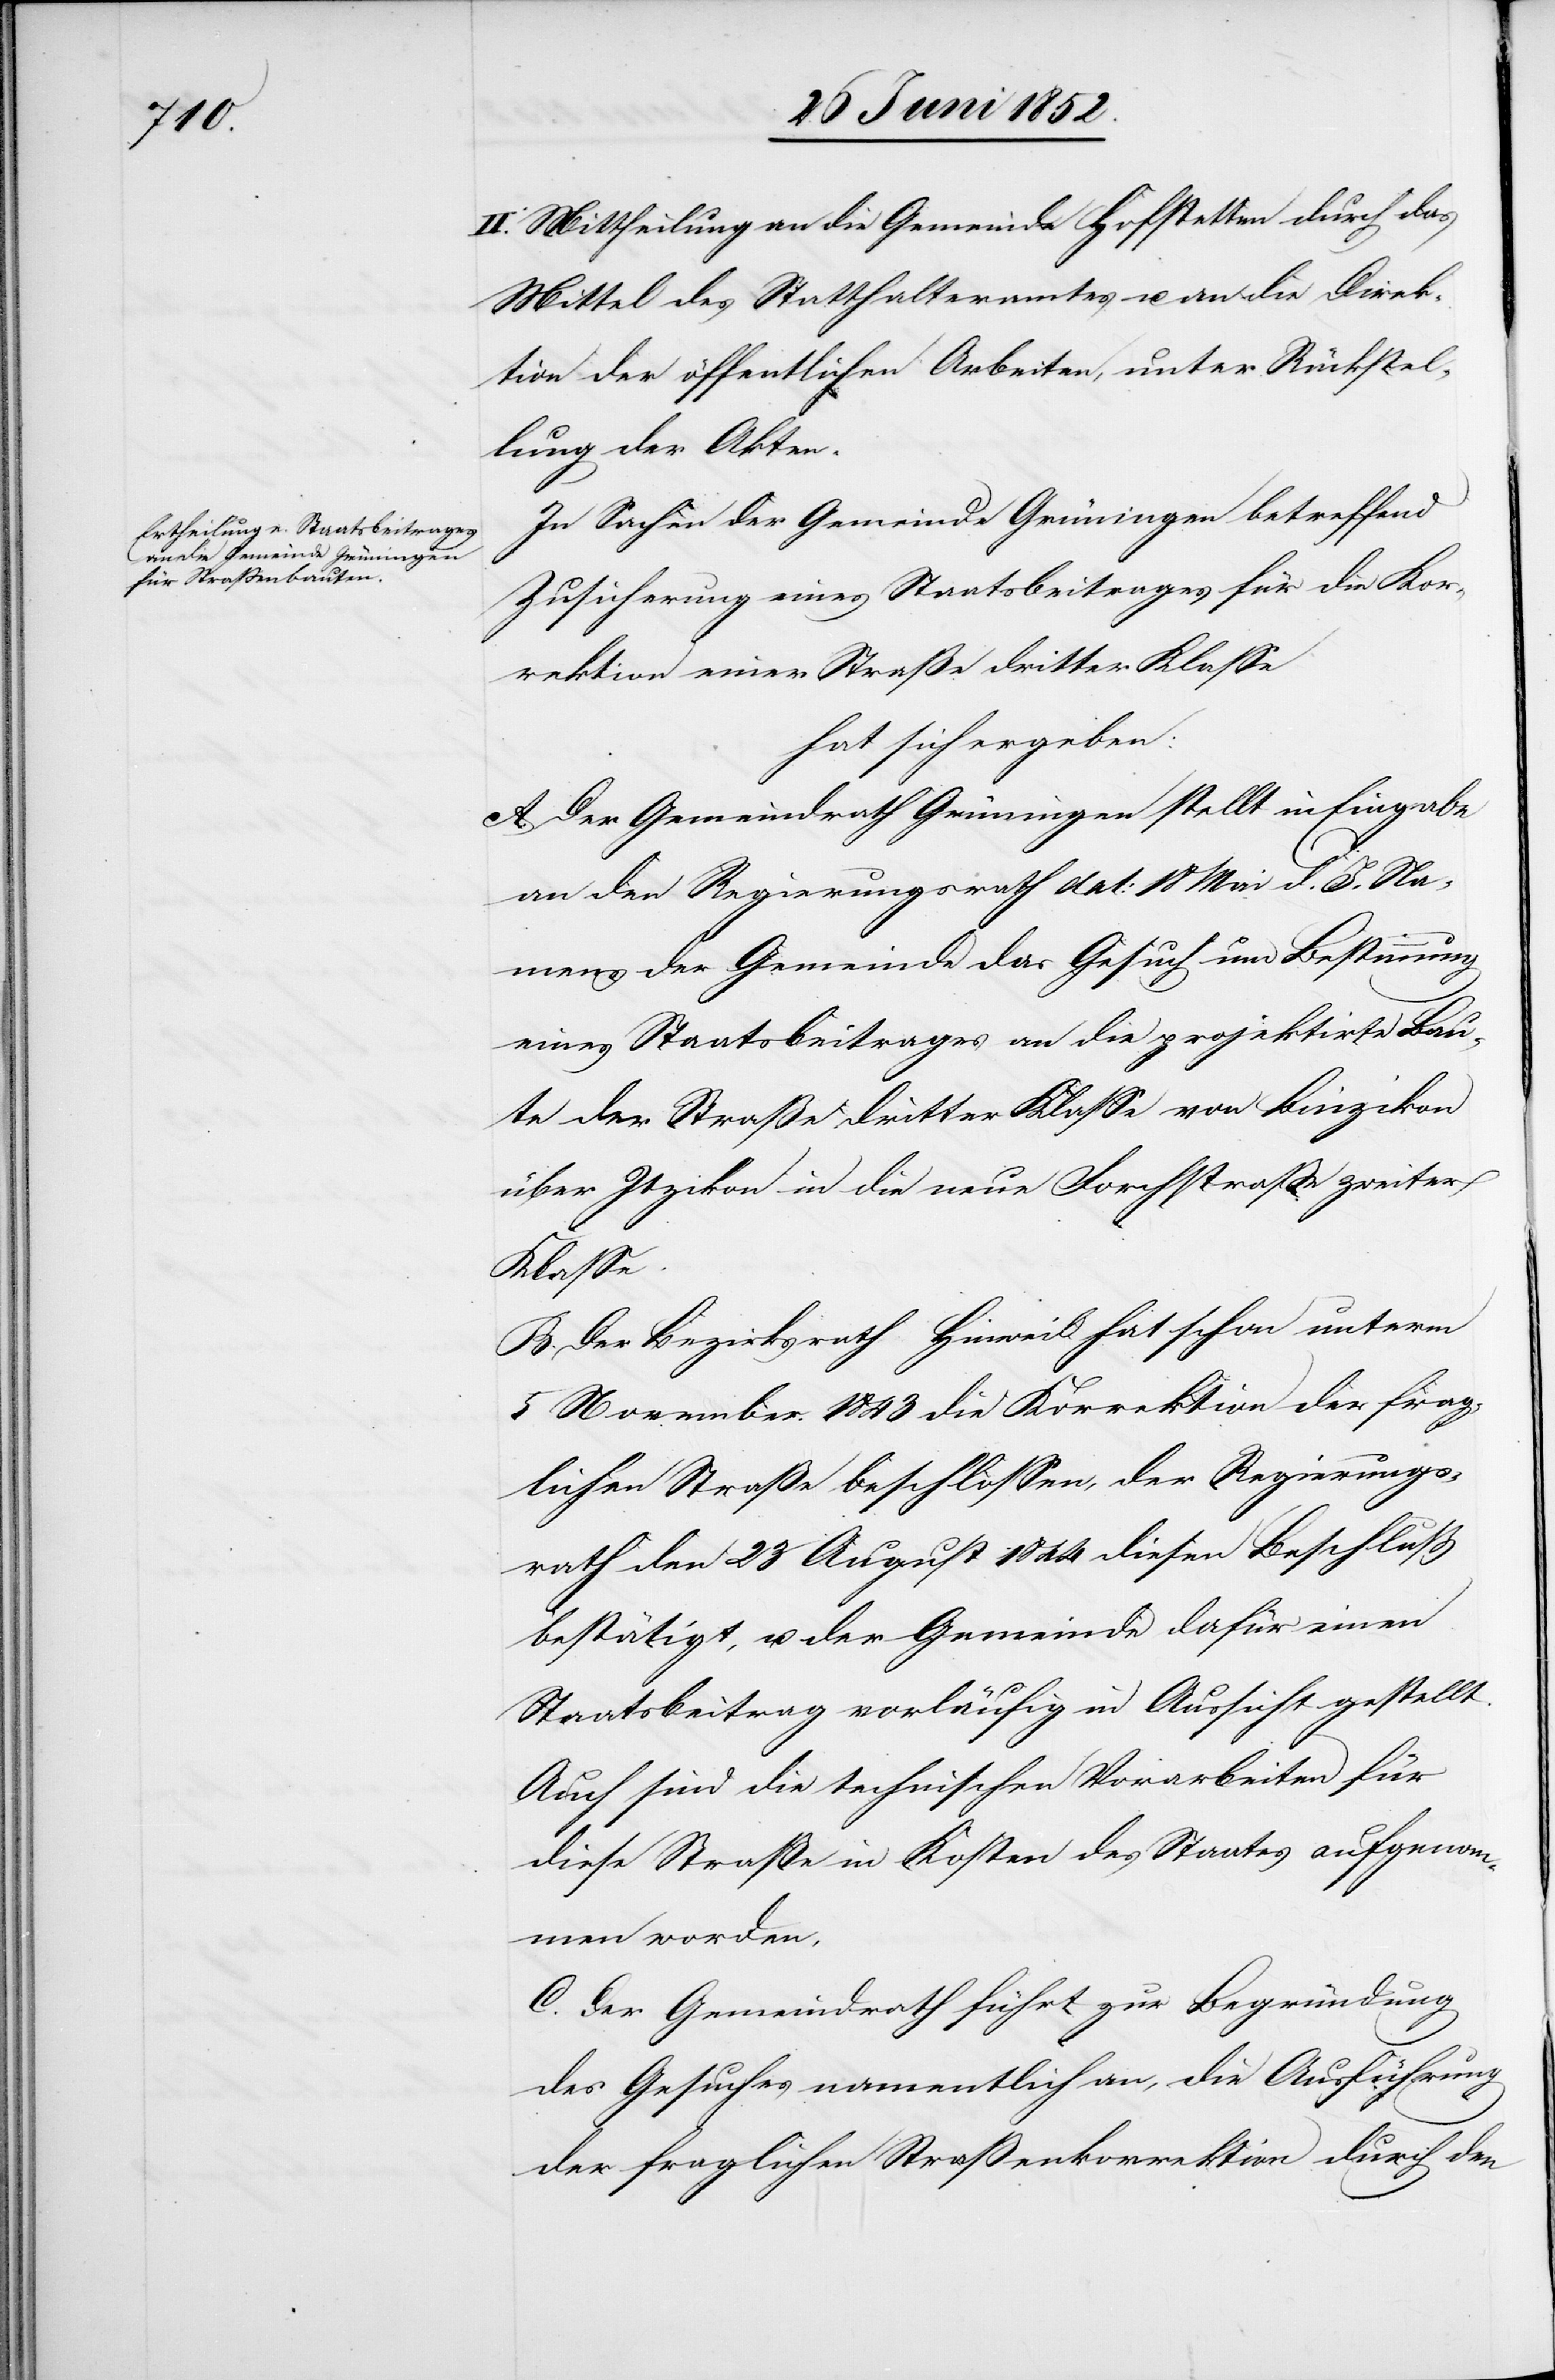
II. Mittheilung an die Gemeinde Hofstetten durch das
Mittel des Statthalteramtes u. an die Direk¬
tion der öffentlichen Arbeiten, unter Rückstel¬
lung der Akten.
In Sachen der Gemeinde Grüningen betreffend
Zusicherung eines Staatsbeitrages für die Kor¬
rektion einer Straße dritter Klasse
hat sich ergeben:
A. Der Gemeindrath Grüningen stellt in Eingabe
an den Regierungsrath dat: 18 Mai d. J. Na¬
mens der Gemeinde das Gesuch um Bestimmung
eines Staatsbeitrages an die projektirte Bau¬
te der Straße dritter Klasse von Binzikon
über Itzikon in die neue Forchstrasse zweiter
Klasse.
B. Der Bezirksrath Hinweil hat schon unterm
5 November 1843 die Korrektion der frag¬
lichen Straße beschlossen, der Regierungs¬
rath den 23 August 1844 diesen Beschluss
bestätigt, u. der Gemeinde dafür einen
Staatsbeitrag vorläufig in Aussicht gestellt.
Auch sind die technischen Vorarbeiten für
diese Straße in Kosten des Staates aufgenom¬
men worden.
C. Der Gemeindrath führt zur Begründung
des Gesuches namentlich an, die Ausführung
der fraglichen Straßenkorrektion durch den